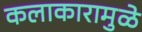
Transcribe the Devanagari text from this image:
कलाकारामुळे